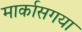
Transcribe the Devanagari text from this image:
मार्कासगया